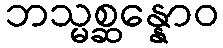
ဘသ္မစ္ဆန္နောဝ